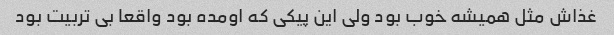
غذاش مثل همیشه خوب بود ولی این پیکی که اومده بود واقعا بی تربیت بود